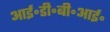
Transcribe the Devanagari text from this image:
आई॰डी॰बी॰आई॰